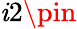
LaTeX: \mathit{i}2\pin